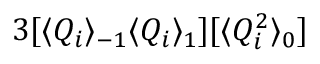
3 [ \langle Q _ { i } \rangle _ { - 1 } \langle Q _ { i } \rangle _ { 1 } ] [ \langle Q _ { i } ^ { 2 } \rangle _ { 0 } ]